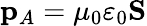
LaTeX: \mathbf{p}_{A}=\mu_{0}\varepsilon_{0}\mathbf{S}